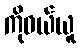
ကိုဝယ်ယူ